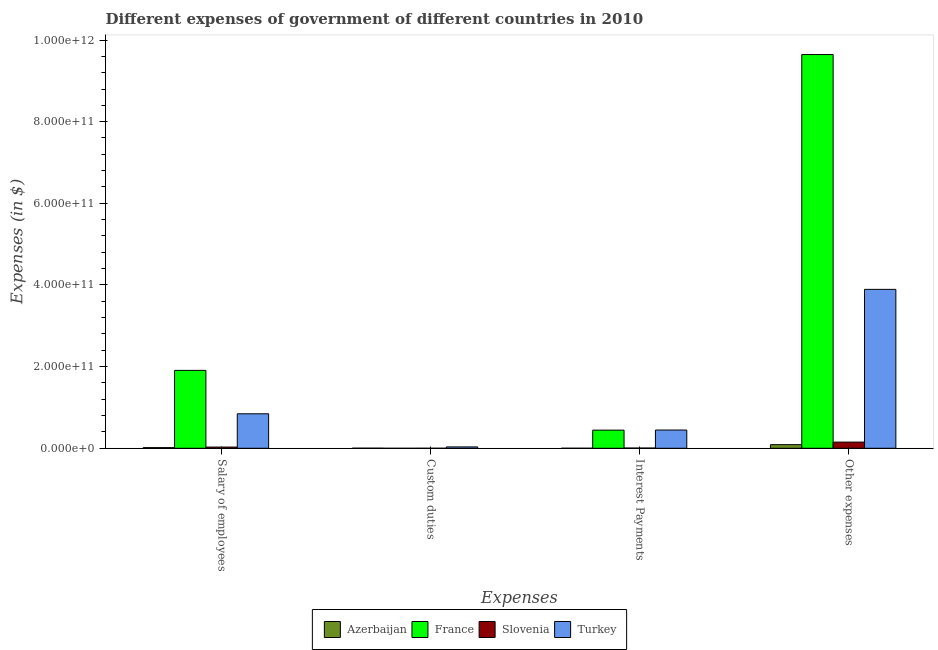
| Expenses | Azerbaijan | France | Slovenia | Turkey |
 | --- | --- | --- | --- | --- |
 | Salary of employees | 1.59e+09 | 1.91e+11 | 2.95e+09 | 8.45e+10 |
 | Custom duties | 2.18e+08 | -1.08e+08 | 2.42e+07 | 3.36e+09 |
 | Interest Payments | 3.95e+07 | 4.45e+10 | 5.44e+08 | 4.47e+10 |
 | Other expenses | 8.86e+09 | 9.64e+11 | 1.51e+10 | 3.89e+11 |